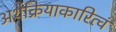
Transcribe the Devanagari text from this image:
अर्थक्रियाकारित्वं